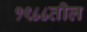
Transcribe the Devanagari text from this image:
१९८८तील